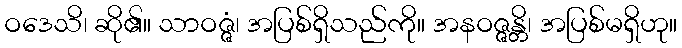
ဝဒေသိ၊ ဆို၏။ သာဝဇ္ဇံ၊ အပြစ်ရှိသည်ကို။ အနဝဇ္ဇန္တိ၊ အပြစ်မရှိဟု။